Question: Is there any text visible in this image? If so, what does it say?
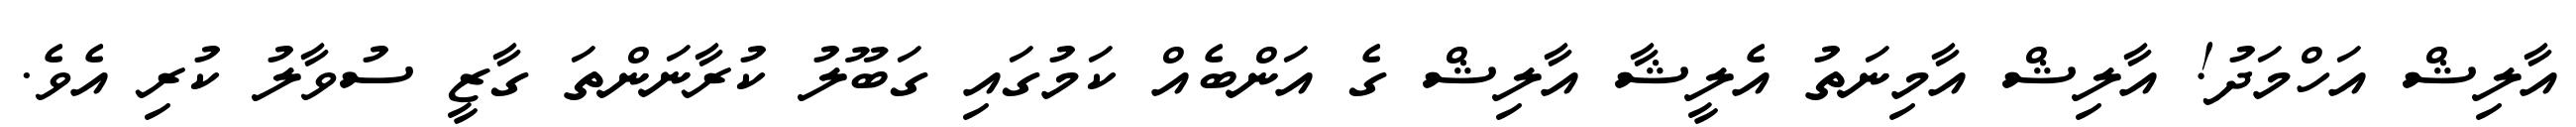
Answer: އާލިޝް އަހްމަދު! އާލިޝް އާމިނަތު އެލީޝާ އާލިޝް ގެ އަންބެއް ކަމުގައި ގަބޫލު ކުރާނަންތަ ގާޒީ ސުވާލު ކުރި އެވެ.